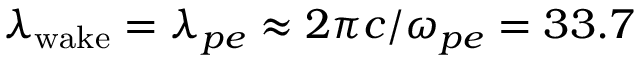
\lambda _ { \mathrm { w a k e } } = \lambda _ { p e } \approx 2 \pi c / \omega _ { p e } = 3 3 . 7